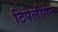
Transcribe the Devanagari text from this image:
टिपेलीगेन